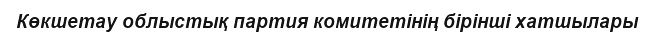
Көкшетау облыстық партия комитетінің бірінші хатшылары